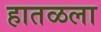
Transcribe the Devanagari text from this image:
हातळला